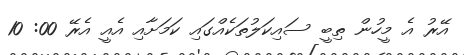
އޭރު އެ މީހުން ތިބީ ސައިކަލުތަކެއްގައި ކަމަށާއި އެއީ އެރޭ 00: 10